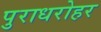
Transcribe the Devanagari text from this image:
पुराधरोहर